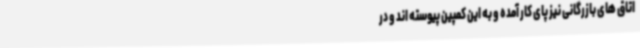
اتاق های بازرگانی نیز پای کار آمده و به این کمپین پیوسته اند و در